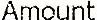
AMOUNT